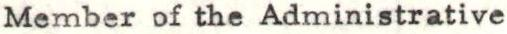
Member of the Administrative